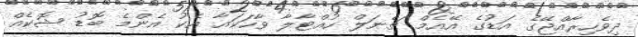
ދިވެހިރާއްޖޭގެ އަޑުގެ އޭއެމް ޗެނަލް ހުއްޓާލާ ވާހަކައާ އެކު އެންމެ ބޮޑު ޝޮކެއް